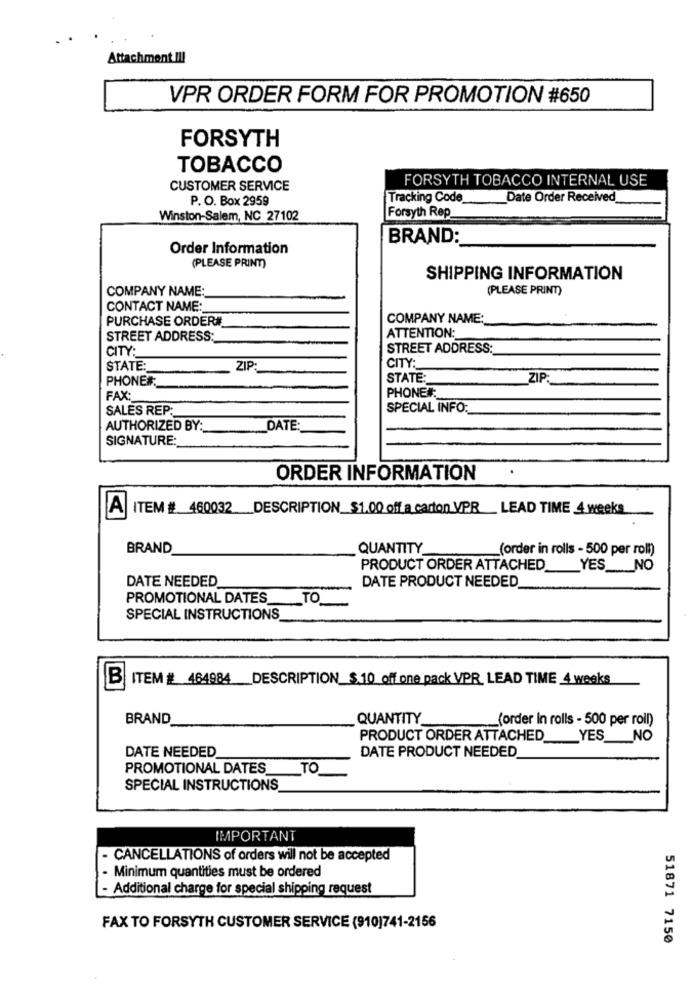
Attachment !!!
VPR ORDER FORM FOR PROMOTION #650
FORSYTH
TOBACCO
FORSYTH TOBACCO INTERNAL USE
CUSTOMER SERVICE
P. O. Box 2959
Tracking Code_Date Order Received
Forsyth Rep
Winston-Salem, NC 27102
BRAND:
Order Information
(PLEASE PRINT)
SHIPPING INFORMATION
COMPANY NAME:
(PLEASE PRINT)
CONTACT NAME:
PURCHASE ORDER#
COMPANY NAME:
STREET ADDRESS:
ATTENTION:
CITY:
STREET ADDRESS:
STATE:
ZIP:
CITY:
PHONE#:
STATE:
ZIP:
PHONE#:
FAX:
SALES REP:
SPECIAL INFO:
AUTHORIZED BY:
DATE
SIGNATURE:
ORDER INFORMATION
A
ITEM # 460032 __ DESCRIPTION_$1.00 off a carton VPR_ LEAD TIME 4 weeks
BRAND
QUANTITY
(order in rolls - 500 per roll)
PRODUCT ORDER ATTACHED.
YES __ NO
DATE NEEDED
DATE PRODUCT NEEDED
PROMOTIONAL DATES_
TO_
SPECIAL INSTRUCTIONS
ITEM # 464984_DESCRIPTION_$.10 off one pack VPR. LEAD TIME_4 weeks
B
BRAND
QUANTITY
(order In rolls - 500 per roll)
PRODUCT ORDER ATTACHED __ YES __ NO
DATE NEEDED
DATE PRODUCT NEEDED
PROMOTIONAL DATES_
TO
SPECIAL INSTRUCTIONS
IMPORTANT
- CANCELLATIONS of orders will not be accepted
Minimum quantities must be ordered
- Additional charge for special shipping request
FAX TO FORSYTH CUSTOMER SERVICE (910)741-2156
51871 7150